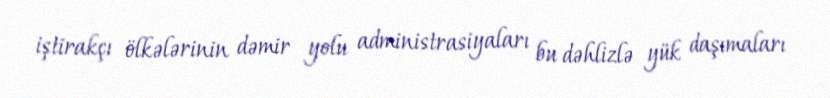
iştirakçı ölkələrinin dəmir yolu administrasiyaları bu dəhlizlə yük daşımaları